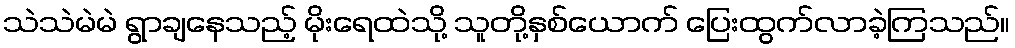
သဲသဲမဲမဲ ရွာချနေသည့် မိုးရေထဲသို့ သူတို့နှစ်ယောက် ပြေးထွက်လာခဲ့ကြသည်။